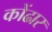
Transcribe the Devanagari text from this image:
कोंढार